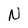
Character: n